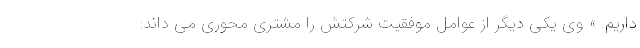
داریم. » وی یکی دیگر از عوامل موفقیت شرکتش را مشتری محوری می داند: